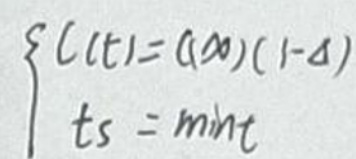
\[
\begin{cases}
C(t) = a \infty (1 - a) \\
t s = \min t
\end{cases}
\]